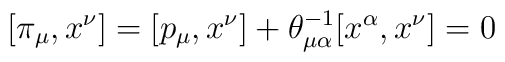
[\pi_\mu,x^\nu]=[p_\mu,x^\nu]+\theta^{-1}_{\mu\alpha}  [x^\alpha,x^\nu]=0